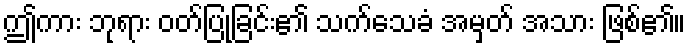
ဤကား ဘုရား ဝတ်ပြုခြင်း၏ သက်သေခံ အမှတ် အသား ဖြစ်၏။